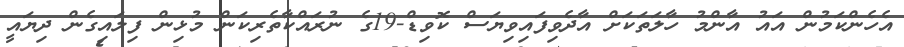
އެހެންކަމުން އައު އާންމު ހާލަތަކަށް އާދެވިފައިވިޔަސް ކޮވިޑް-19ގެ ނުރައްކާތެރިކަން މުޅިން ފިލައިގެން ދިޔައީ